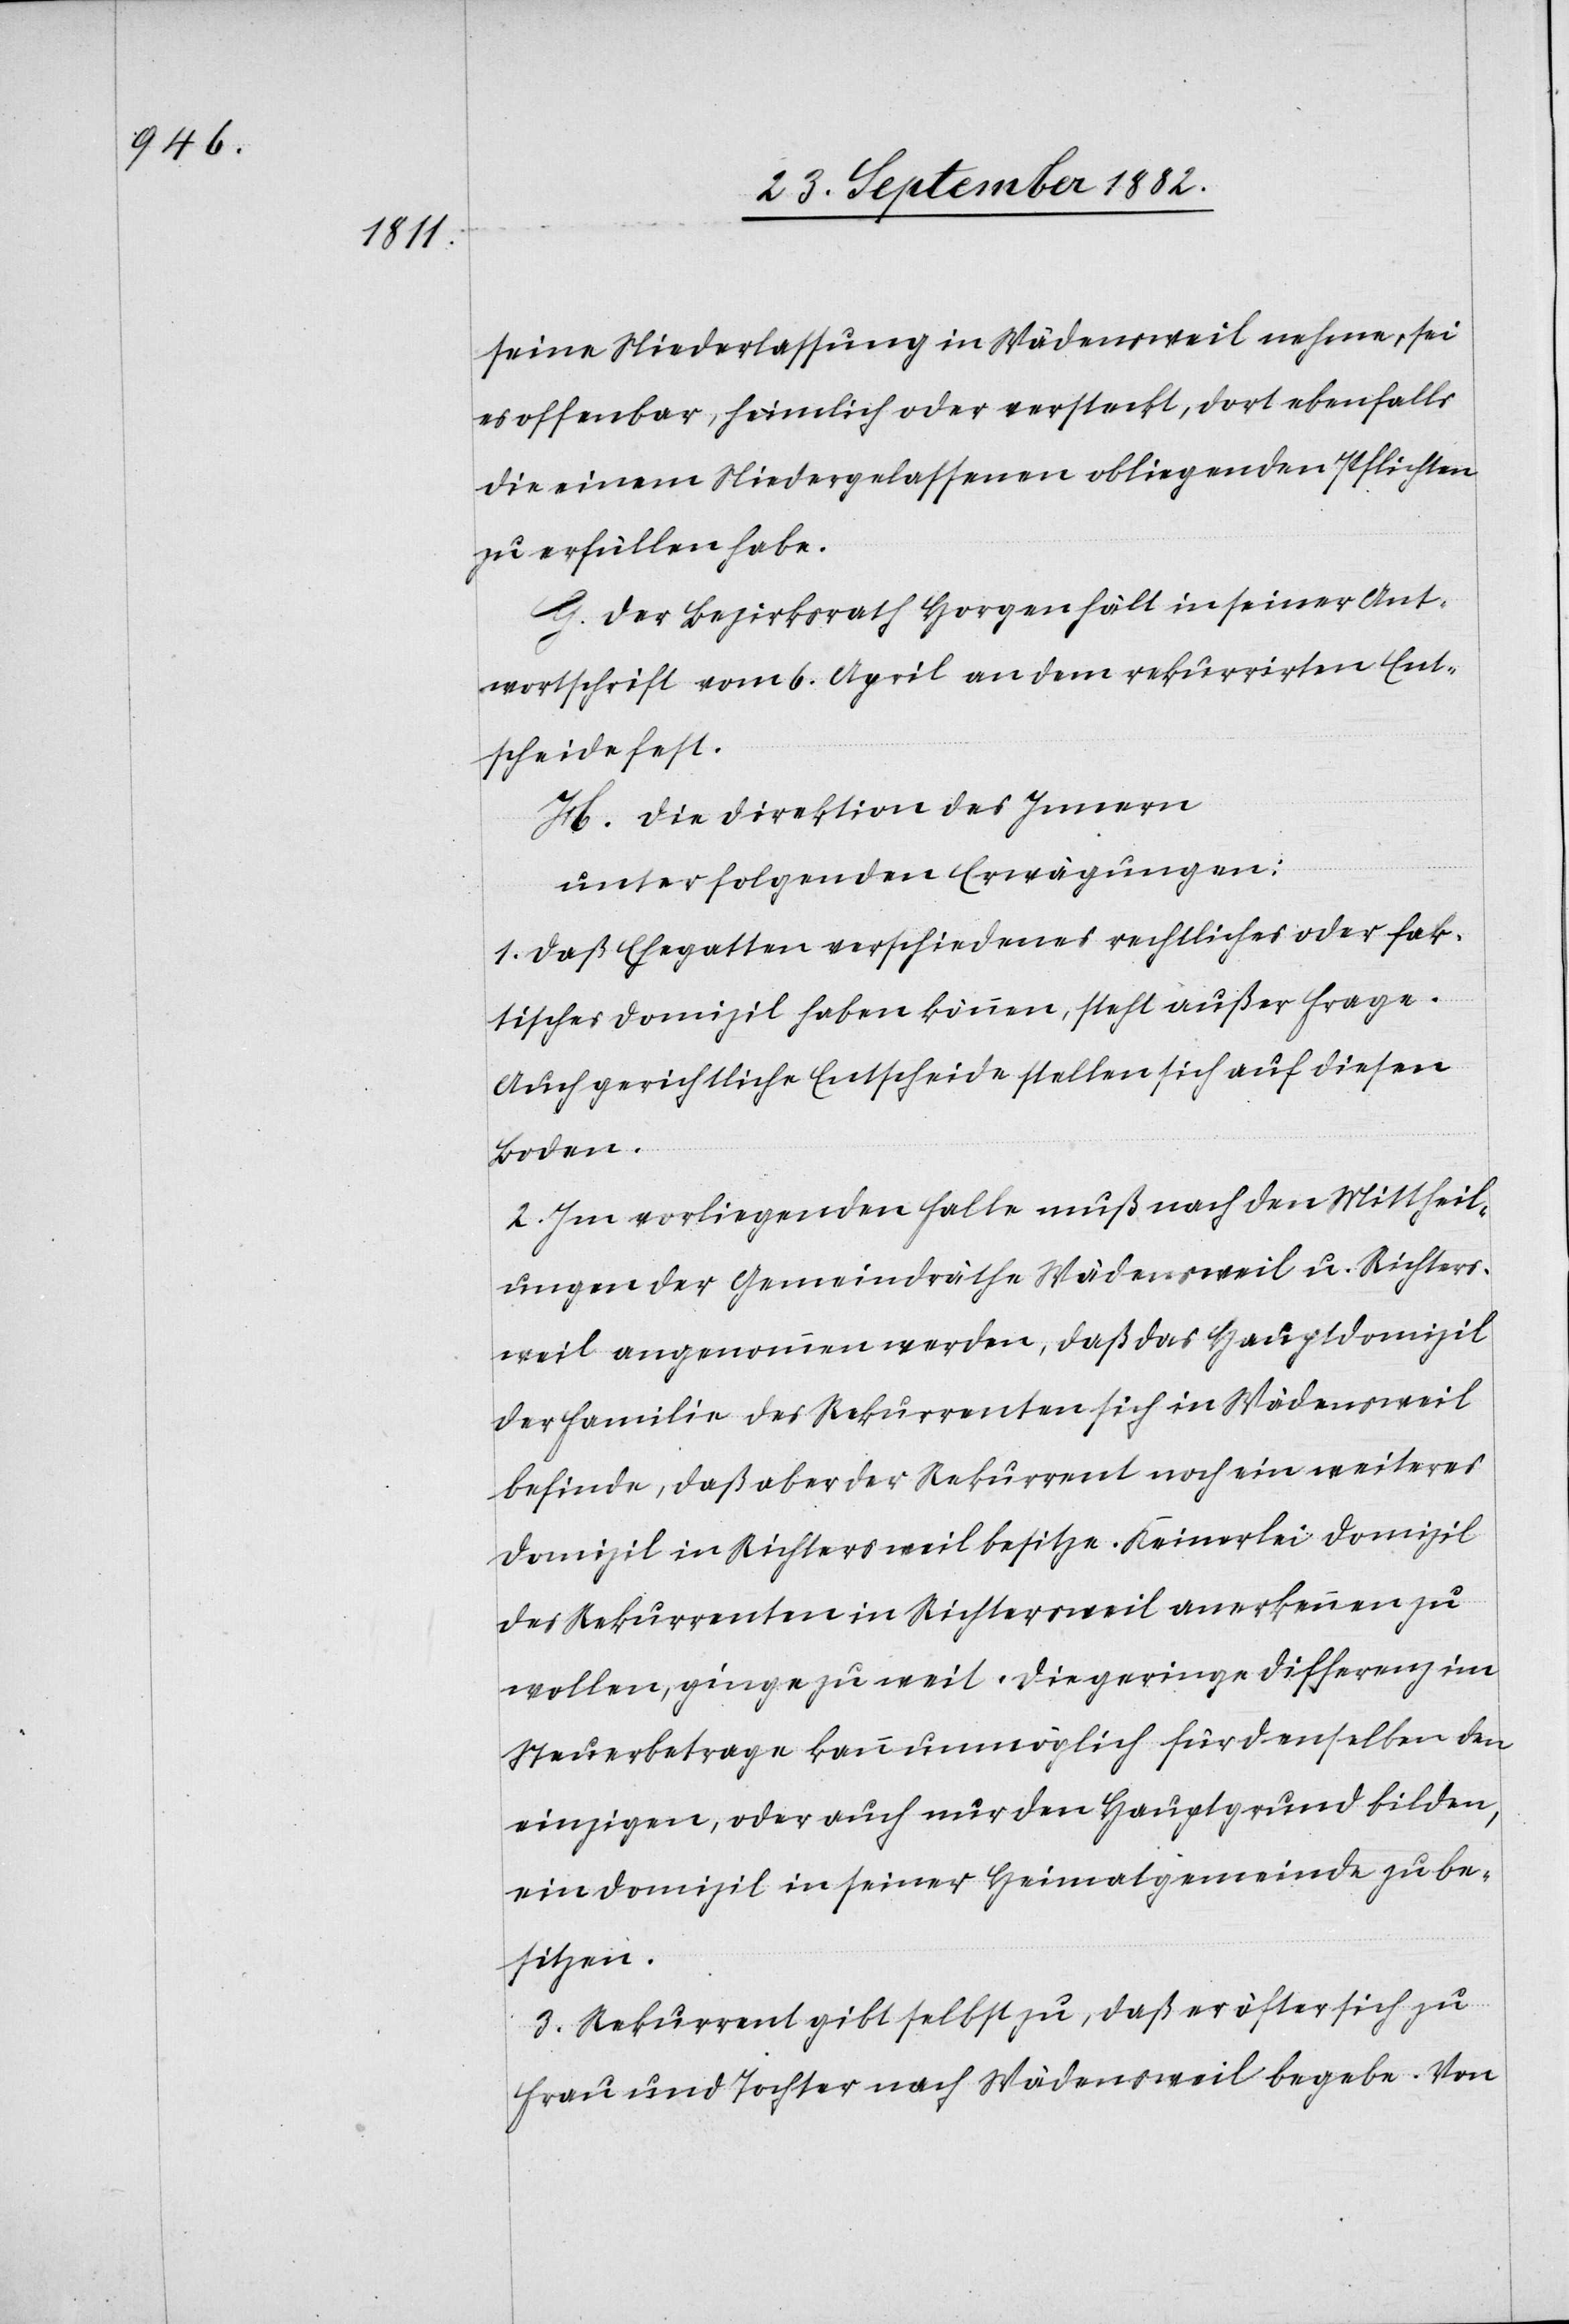
seine Niederlassung in Wädensweil nehme, sei
es offenbar, heimlich oder versteckt, dort ebenfalls
die einem Niedergelassenen obliegenden Pflichten
zu erfüllen habe.
G. Der Bezirksrath Horgen hält in seiner Ant¬
wortschrift vom 6. April an dem rekurrirten Ent¬
scheide fest.
H. Die Direktion des Innern,
unter folgenden Erwägungen:
1. Daß Ehegatten verschiedenes rechtliches oder fak¬
tisches Domizil haben können, steht außer Frage.
Auch gerichtliche Entscheide stellen sich auf diesen
Boden.
2. Im vorliegenden Falle muß nach den Mittheil¬
ungen der Gemeindräthe Wädensweil u. Richters¬
weil angenommen werden, daß das Hauptdomizil
der Familie des Rekurrenten sich in Wädensweil
befinde, daß aber der Rekurrent noch ein weiteres
Domizil in Richtersweil besitze. Keinerlei Domizil
des Rekurrenten in Richtersweil anerkennen zu
wollen, ginge zu weit. Die geringe Differenz im
Steuerbetrag kann unmöglich für denselben den
einzigen, oder auch nur den Hauptgrund bilden,
ein Domizil in seiner Heimatgemeinde zu be¬
sitzen.
3. Rekurrent gibt selbst zu, daß er öfter sich zu
Frau und Tochter nach Wädensweil begebe. Von